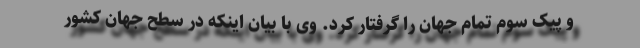
و پیک سوم تمام جهان را گرفتار کرد. وی با بیان اینکه در سطح جهان کشور